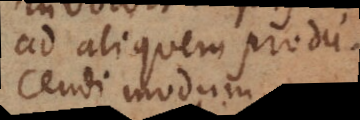
ad aliquem produce